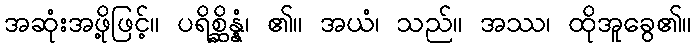
အဆုံးအဖို့ဖြင့်။ ပရိစ္ဆိန္နံ၊ ၏။ အယံ၊ သည်။ အဿ၊ ထိုအူခွေ၏။